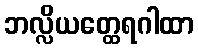
ဘလ္လိယတ္ထေရဂါထာ